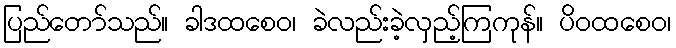
ပြည်တော်သည်။ ခါဒထစေဝ၊ ခဲလည်းခဲ့လှည့်ကြကုန်။ ပိဝထစေဝ၊